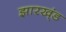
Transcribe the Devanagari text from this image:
झारख्ंड